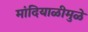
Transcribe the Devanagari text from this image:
मांदियाळीमुळे